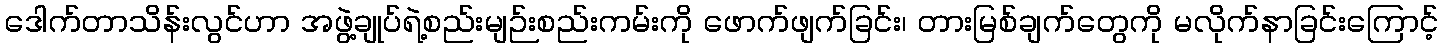
ဒေါက်တာသိန်းလွင်ဟာ အဖွဲ့ချုပ်ရဲ့စည်းမျဉ်းစည်းကမ်းကို ဖောက်ဖျက်ခြင်း၊ တားမြစ်ချက်တွေကို မလိုက်နာခြင်းကြောင့်